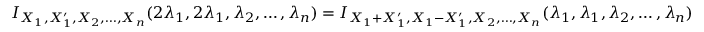
\begin{array} { r } { I _ { X _ { 1 } , X _ { 1 } ^ { \prime } , X _ { 2 } , \dots , X _ { n } } ( 2 \lambda _ { 1 } , 2 \lambda _ { 1 } , \lambda _ { 2 } , \dots , \lambda _ { n } ) = I _ { X _ { 1 } + X _ { 1 } ^ { \prime } , X _ { 1 } - X _ { 1 } ^ { \prime } , X _ { 2 } , \dots , X _ { n } } ( \lambda _ { 1 } , \lambda _ { 1 } , \lambda _ { 2 } , \dots , \lambda _ { n } ) } \end{array}